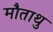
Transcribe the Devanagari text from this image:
मौताथु